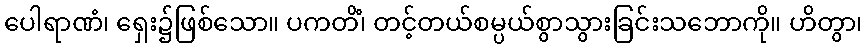
ပေါရာဏံ၊ ရှေး၌ဖြစ်သော။ ပကတိံ၊ တင့်တယ်စမ္ပယ်စွာသွားခြင်းသဘောကို။ ဟိတွာ၊